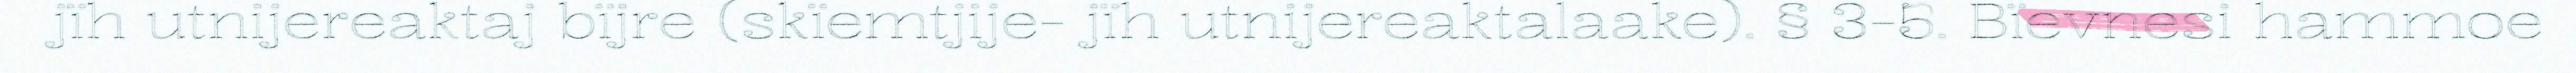
jïh utnijereaktaj bïjre (skïemtjije- jïh utnijereaktalaake). § 3-5. Bïevnesi hammoe